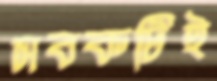
সবকটিই